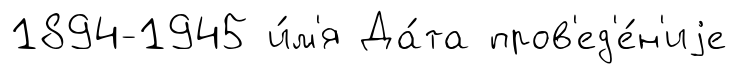
1894-1945 и́м'я Да́та пров'ед'е́н'иjе